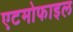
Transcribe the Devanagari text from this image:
एटमोफाइल